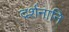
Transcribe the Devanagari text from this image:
दर्शनानि